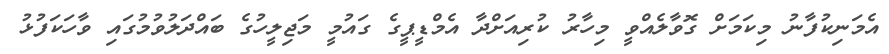
އެމަނިކުފާނު މިކަމަށް ގޮވާލެއްވީ މިހާރު ކުރިއަށްދާ އެމްޑީޕީގެ ގައުމީ މަޖިލީހުގެ ބައްދަލުވުމުގައި ވާހަކަފުޅު